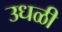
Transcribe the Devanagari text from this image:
उधळी